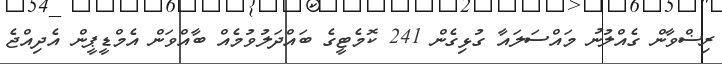
ރިޟްވާން ގެއްލުނު މައްސަލައާ ގުޅިގެން 241 ކޮމެޓީގެ ބައްދަލުވުމެއް ބާއްވަން އެމްޑީޕީން އެދިއްޖެ